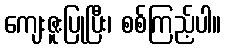
ကျေးဇူးပြုပြီး၊ စစ်ကြည့်ပါ။